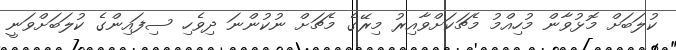
ކުލަބަށް މޮޅުވާން މުހިއްމު މެޗަކަށްވާއިރު މިރޭގެ މެޗަށް ނުކުންނަ ދިވެހި ސިފައިންގެ ކުލަބަށްވަނީ